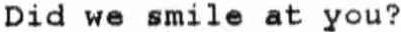
DID WE SMILE AT YOU?